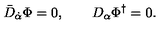
\bar { D } _ { \dot { \alpha } } \Phi = 0 , \qquad D _ { \alpha } \Phi ^ { \dagger } = 0 .